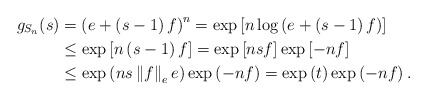
\begin{align*}g_{S_{n}}(s) & =\left( e+\left( s-1\right) f\right) ^{n}=\exp\left[n\log\left( e+\left( s-1\right) f\right) \right] \\& \leq\exp\left[ n\left( s-1\right) f\right] =\exp\left[ nsf\right]\exp\left[ -nf\right] \\& \leq\exp\left( ns\left\Vert f\right\Vert _{e}e\right) \exp\left(-nf\right) =\exp\left( t\right) \exp\left( -nf\right) .\end{align*}